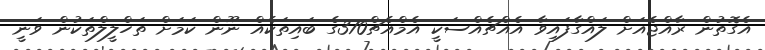
އެގޮތުން ރާއްޖެއަށް ލައްގާފައިވާ އެއްޗެއްސަކީ އެމްއެޗް370ގެ ބައިތަކެއް ނޫން ކަމަށް ތަހްލީލްތަކުން ވަނީ